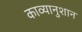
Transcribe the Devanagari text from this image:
काव्यानुशान